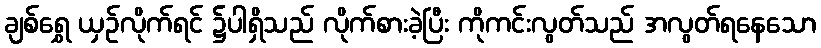
ချစ်ရွှေ ယှဉ်လိုက်ရင် ၌ပါရှိသည် လိုက်စားခဲ့ပြီး ကိုကင်းလွတ်သည် အလွတ်ရနေသော